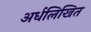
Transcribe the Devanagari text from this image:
अर्धलिखित